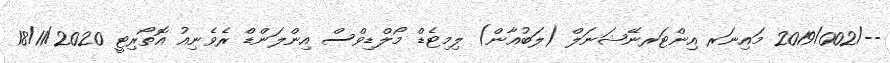
--/2019/002 މައިނަރ އިންޓަރނޭޝަނަލް (ލަބުއާން) ލިމިޓެޑް މޯލްޑިވްސް އިންލަންޑް ރެވެނިއު އޮތޯރިޓީ 18/11/2020